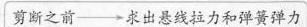
剪断之前 \to 求出悬线拉力和弹簧弹力